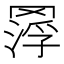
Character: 𦋵